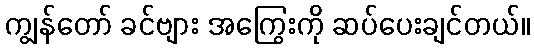
ကျွန်တော် ခင်ဗျား အကြွေးကို ဆပ်ပေးချင်တယ်။